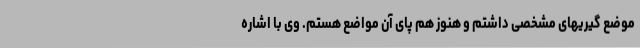
موضع گیریهای مشخصی داشتم و هنوز هم پای آن مواضع هستم. وی با اشاره